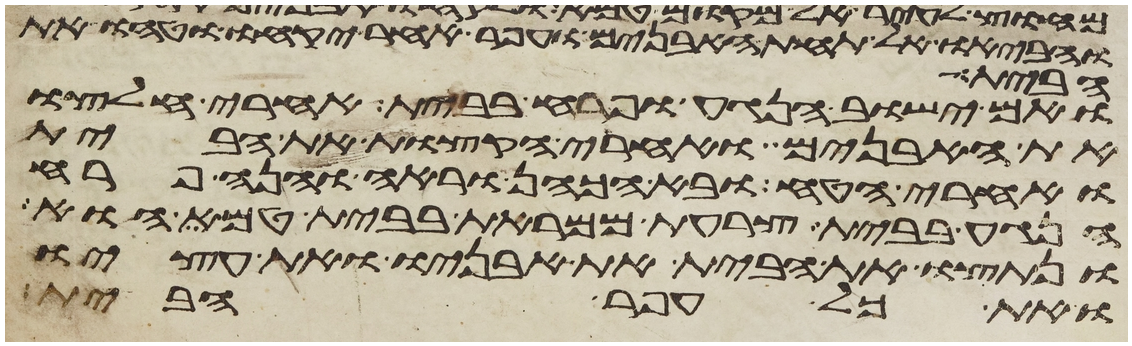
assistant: והביאו אל תחת האבנים ועפר אחר יקחו וטחו את
הבית
ואם ישוב הנגע ופרח בבית אחרי חלצו
את האבנים ואחרי הקצות את הבית
ואחרי הטח ובא הכהן וראה והנה פרח
הנגע בבית צרעת ממראת בבית טמא הוא
ונתצו את הבית את אבניו ואת עציו
ואת כל עפר הבית